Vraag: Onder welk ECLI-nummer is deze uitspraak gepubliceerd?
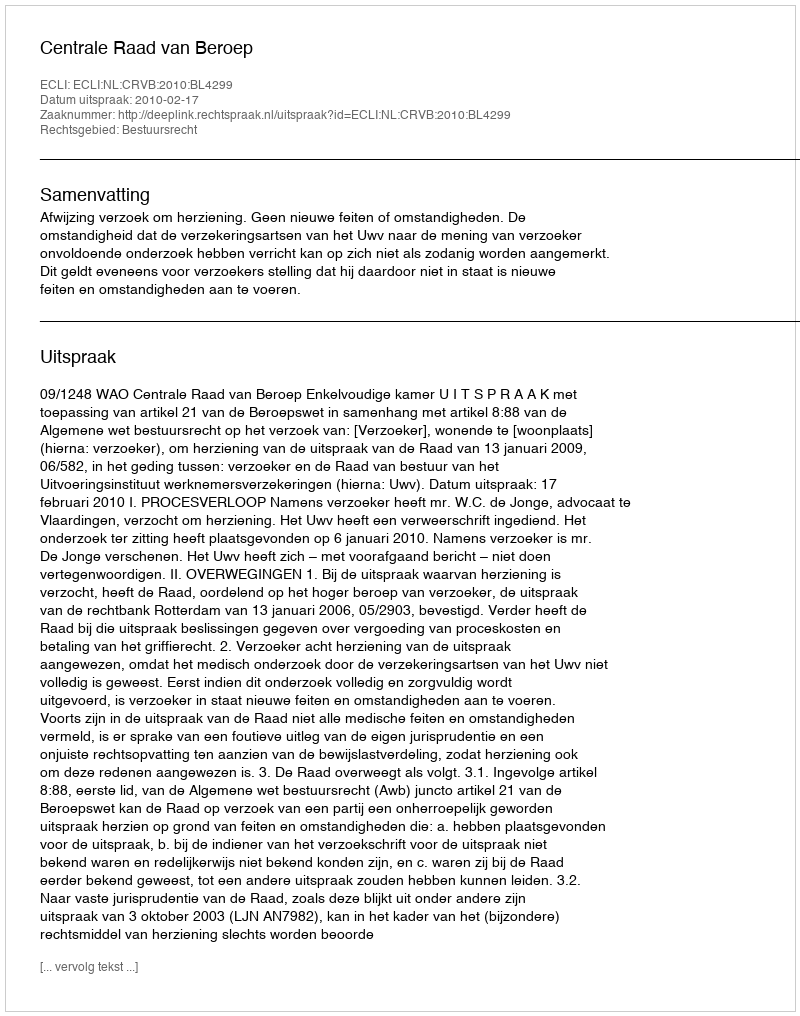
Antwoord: ECLI:NL:CRVB:2010:BL4299